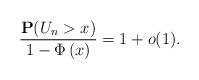
LaTeX: \begin{align*} \frac{\mathbf{P}( U_n>x )}{1-\Phi \left( x\right)}=1+o(1).\end{align*}